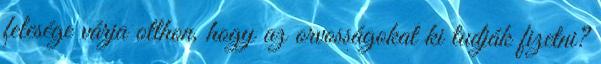
felesége várja otthon, hogy az orvosságokat ki tudják fizetni?